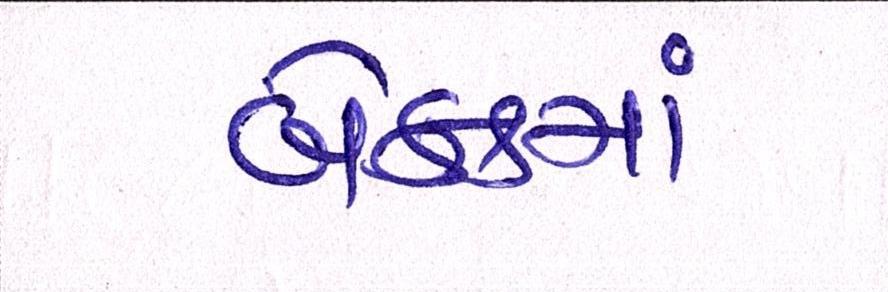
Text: બેન્કમાં